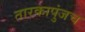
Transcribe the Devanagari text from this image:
तारकापुंजच